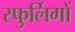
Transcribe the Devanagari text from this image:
स्फुर्लिगों